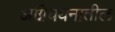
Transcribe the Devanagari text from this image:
अग्निचयनातील